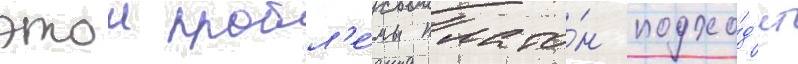
этои пробл'е́мы плато́н подхо́д'ит